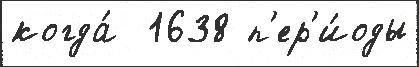
когда́  1638 п'ер'и́оды